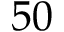
5 0